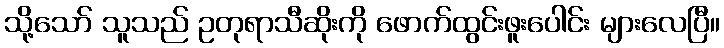
သို့သော် သူသည် ဥတုရာသီဆိုးကို ဖောက်ထွင်းဖူးပေါင်း များလေပြီ။